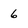
Character: 6